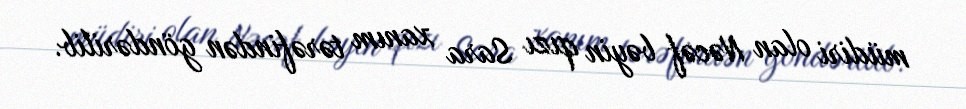
müdiri olan Nəcəf bəyin qızı Sara xanım tərəfindən göndərilib.